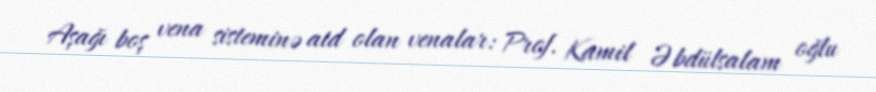
Aşağı boş vena sisteminə aid olan venalar: Prof. Kamil Əbdülsalam oğlu